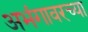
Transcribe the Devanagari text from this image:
अभंगावरच्या